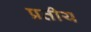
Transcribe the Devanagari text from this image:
प्रतीय